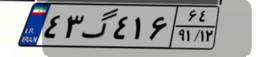
۴۳گ۴۱۶۶۴